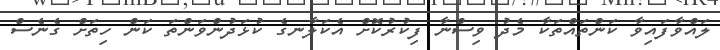
ލައްވާފައިވާ ކަންތައްތަކާ މެދު ވިސްނާ ފިކުރުކޮށް އެކަލާނގެ ކުޅަދުންވަންތަ ކަން ހިތަށް ގެނެސް